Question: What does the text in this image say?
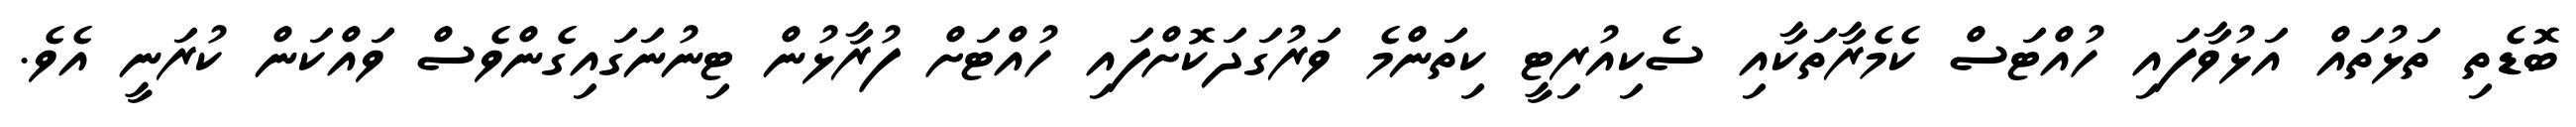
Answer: ބޮޑެތި ތަޅުތައް އަޅުވާފައި ހުއްޓަސް ކެމެރާތަކާއި ސެކިއުރިޓީ ކިތަންމެ ވަރުގަދަކޮށްފައި ހުއްޓަށް ފުރާޅުން ޓިނުނަގައިގެންވެސް ވައްކަން ކުރަނީ އެވެ.